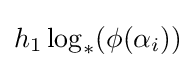
h_{1}\log _{*}(\phi (\alpha _{i}))